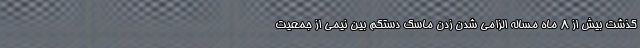
گذشت بیش از 8 ماه مساله الزامی شدن زدن ماسک دستکم بین نیمی از جمعیت